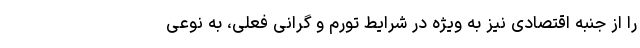
را از جنبه اقتصادی نیز به ویژه در شرایط تورم و گرانی فعلی، به نوعی